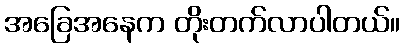
အခြေအနေက တိုးတက်လာပါတယ်။